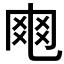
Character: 𠃾